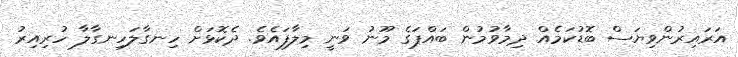
އަރައިރުންވިޔަސް ބޮޑުކަމެއް ދިމާވުމުން ބައްޕަގެ މޫނު ވަނީ މިލާފައެވެ. ދެކޮޅަށް ހިނގާލަހިނގާލާ ހުރިއިރު